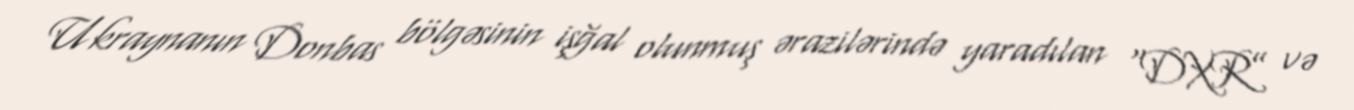
Ukraynanın Donbas bölgəsinin işğal olunmuş ərazilərində yaradılan “DXR” və